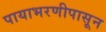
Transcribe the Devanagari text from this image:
पायाभरणीपासून